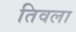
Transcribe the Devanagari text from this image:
तिवला